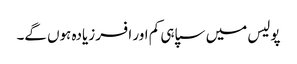
پولیس میں سپاہی کم اور افسر زیادہ ہوں گے۔